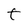
Character: t